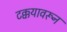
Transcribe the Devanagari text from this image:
टक्कयावरून